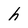
Character: h